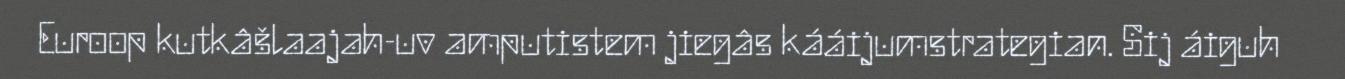
Euroop kutkâšlaajah-uv amputistem jiegâs kááijumstrategian. Sij áiguh